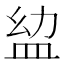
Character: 𥁒